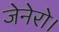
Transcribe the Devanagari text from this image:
जेनेरो।